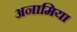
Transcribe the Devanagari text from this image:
अनामिया